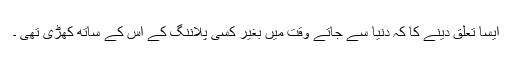
ایسا تعلق دینے کا کہ دنیا سے جاتے وقت میں بغیر کسی پلاننگ کے اس کے ساتھ کھڑی تھی ۔